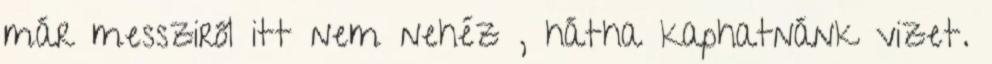
már messziről itt nem nehéz , hátha kaphatnánk vizet.